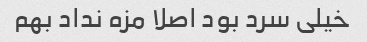
خیلی سرد بود اصلا مزه نداد بهم